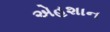
એહશાન